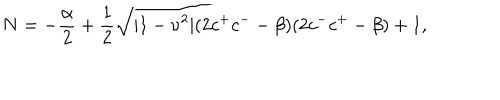
N = - \frac { \alpha } { 2 } + \frac { 1 } { 2 } \sqrt { | 1 - \nu ^ { 2 } | ( 2 c ^ { + } c ^ { -- } \beta ) ( 2 c ^ { - } c ^ { + } - \beta ) + 1 } ,